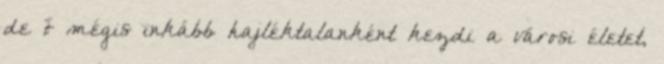
de ő mégis inkább hajléktalanként kezdi a városi életet,